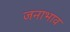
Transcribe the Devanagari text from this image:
जनाभाव